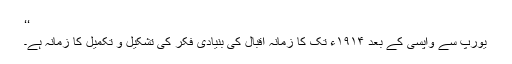
‘‘
یورپ سے واپسی کے بعد ١٩١۴ء تک کا زمانہ اقبال کی بنیادی فکر کی تشکیل و تکمیل کا زمانہ ہے۔